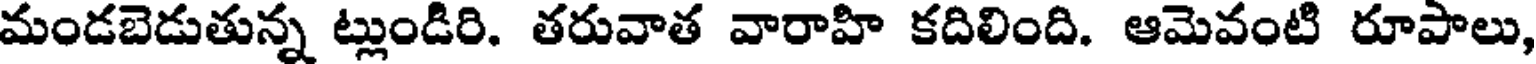
మండబెడుతున్న ట్లుండిరి. తరువాత వారాహి కదిలింది. ఆమెవంటి రూపాలు,